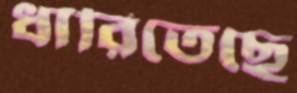
ধারিতেছে